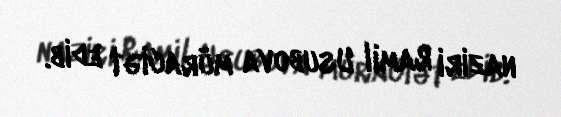
naziri Ramil Usubova müraciət edib.